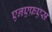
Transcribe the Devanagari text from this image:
एनएफ़एस